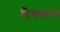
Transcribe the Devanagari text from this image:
विद्यामन